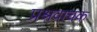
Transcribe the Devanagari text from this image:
प्रश्रवाचक